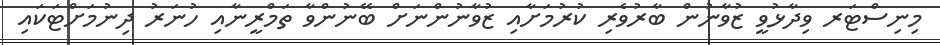
މިނިސްޓަރ ވިދާޅުވީ ޒުވާނުން ބާރުވެރި ކުރުމަށާއި ޒުވާނުންނަށް ބޭނުންވާ ތަމްރީނާއި ހުނަރު ދިނުމަށްޓަކައި